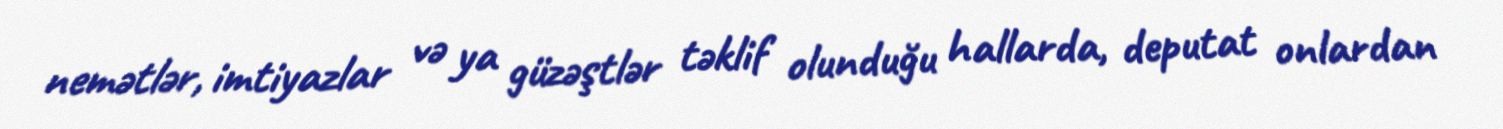
nemətlər, imtiyazlar və ya güzəştlər təklif olunduğu hallarda, deputat onlardan